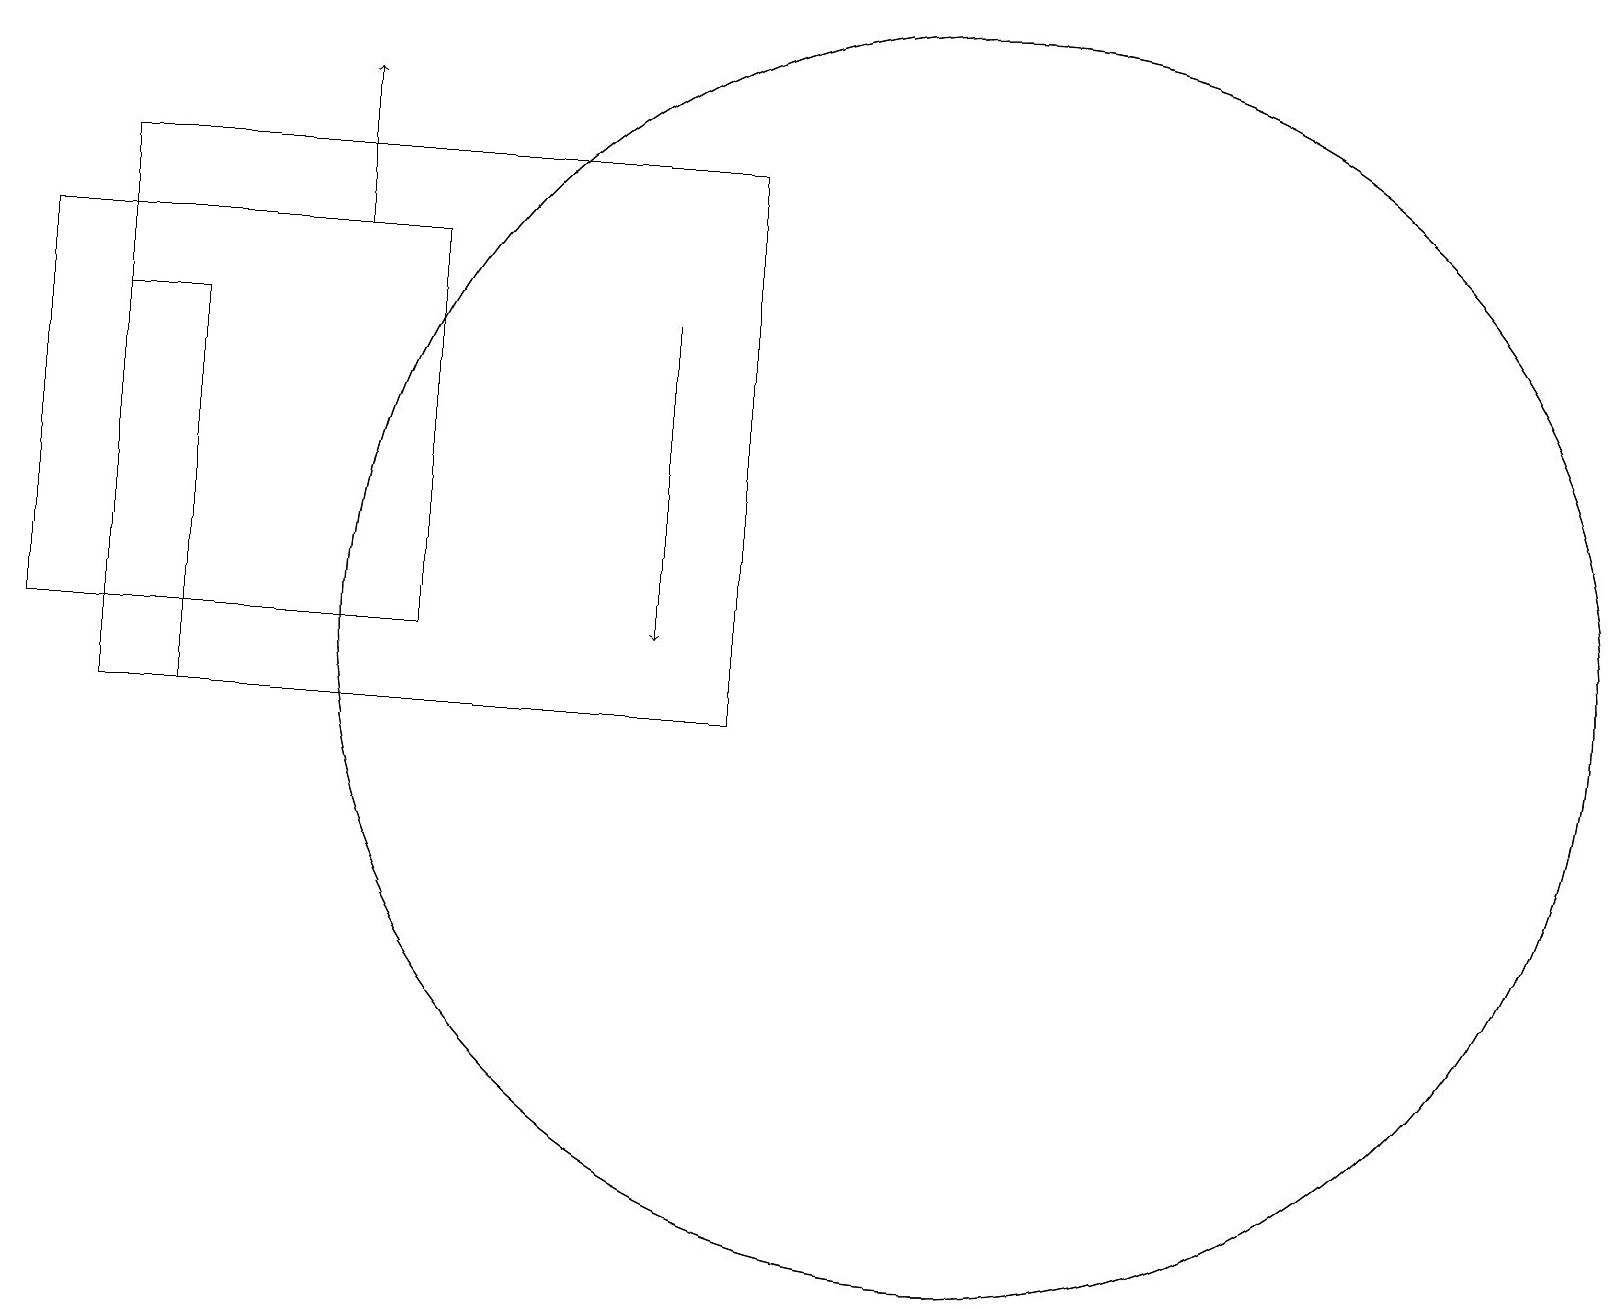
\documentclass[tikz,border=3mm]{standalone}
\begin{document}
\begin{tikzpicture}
\draw (1,10) rectangle (3,10);
\draw[->] (4,16) -- (4,18);
\draw (5,11) rectangle (0,16);
\draw (12,11) circle (8);
\draw[->] (8,15) -- (8,11);
\draw (12,11) circle (8);
\draw (1,10) rectangle (9,17);
\draw (1,10) rectangle (2,15);
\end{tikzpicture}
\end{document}